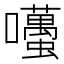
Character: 囆